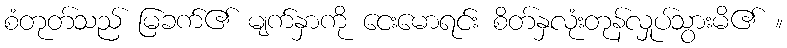
စံတုတ်သည် မြခက်၏ မျက်နှာကို ငေးမောရင်း စိတ်နှလုံးတုန်လှုပ်သွားမိ၏ ။